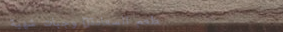
مطعم السعادة: وجبات شهية